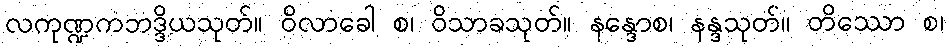
လကုဏ္ဍကဘဒ္ဒိယသုတ်။ ဝိလာခေါ စ၊ ဝိသာခသုတ်။ နန္ဒောစ၊ နန္ဒသုတ်။ တိဿော စ၊